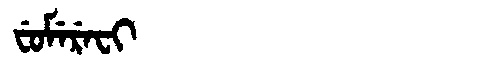
Manchu: ᠸᡠᠮᡝᡵᡝᠸᡳ
Romanization: FUMEREFI